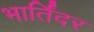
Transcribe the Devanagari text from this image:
भार्तिंदर